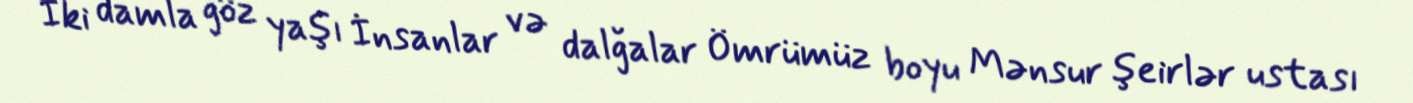
İki damla göz yaşı İnsanlar və dalğalar Ömrümüz boyu Mənsur şeirlər ustası